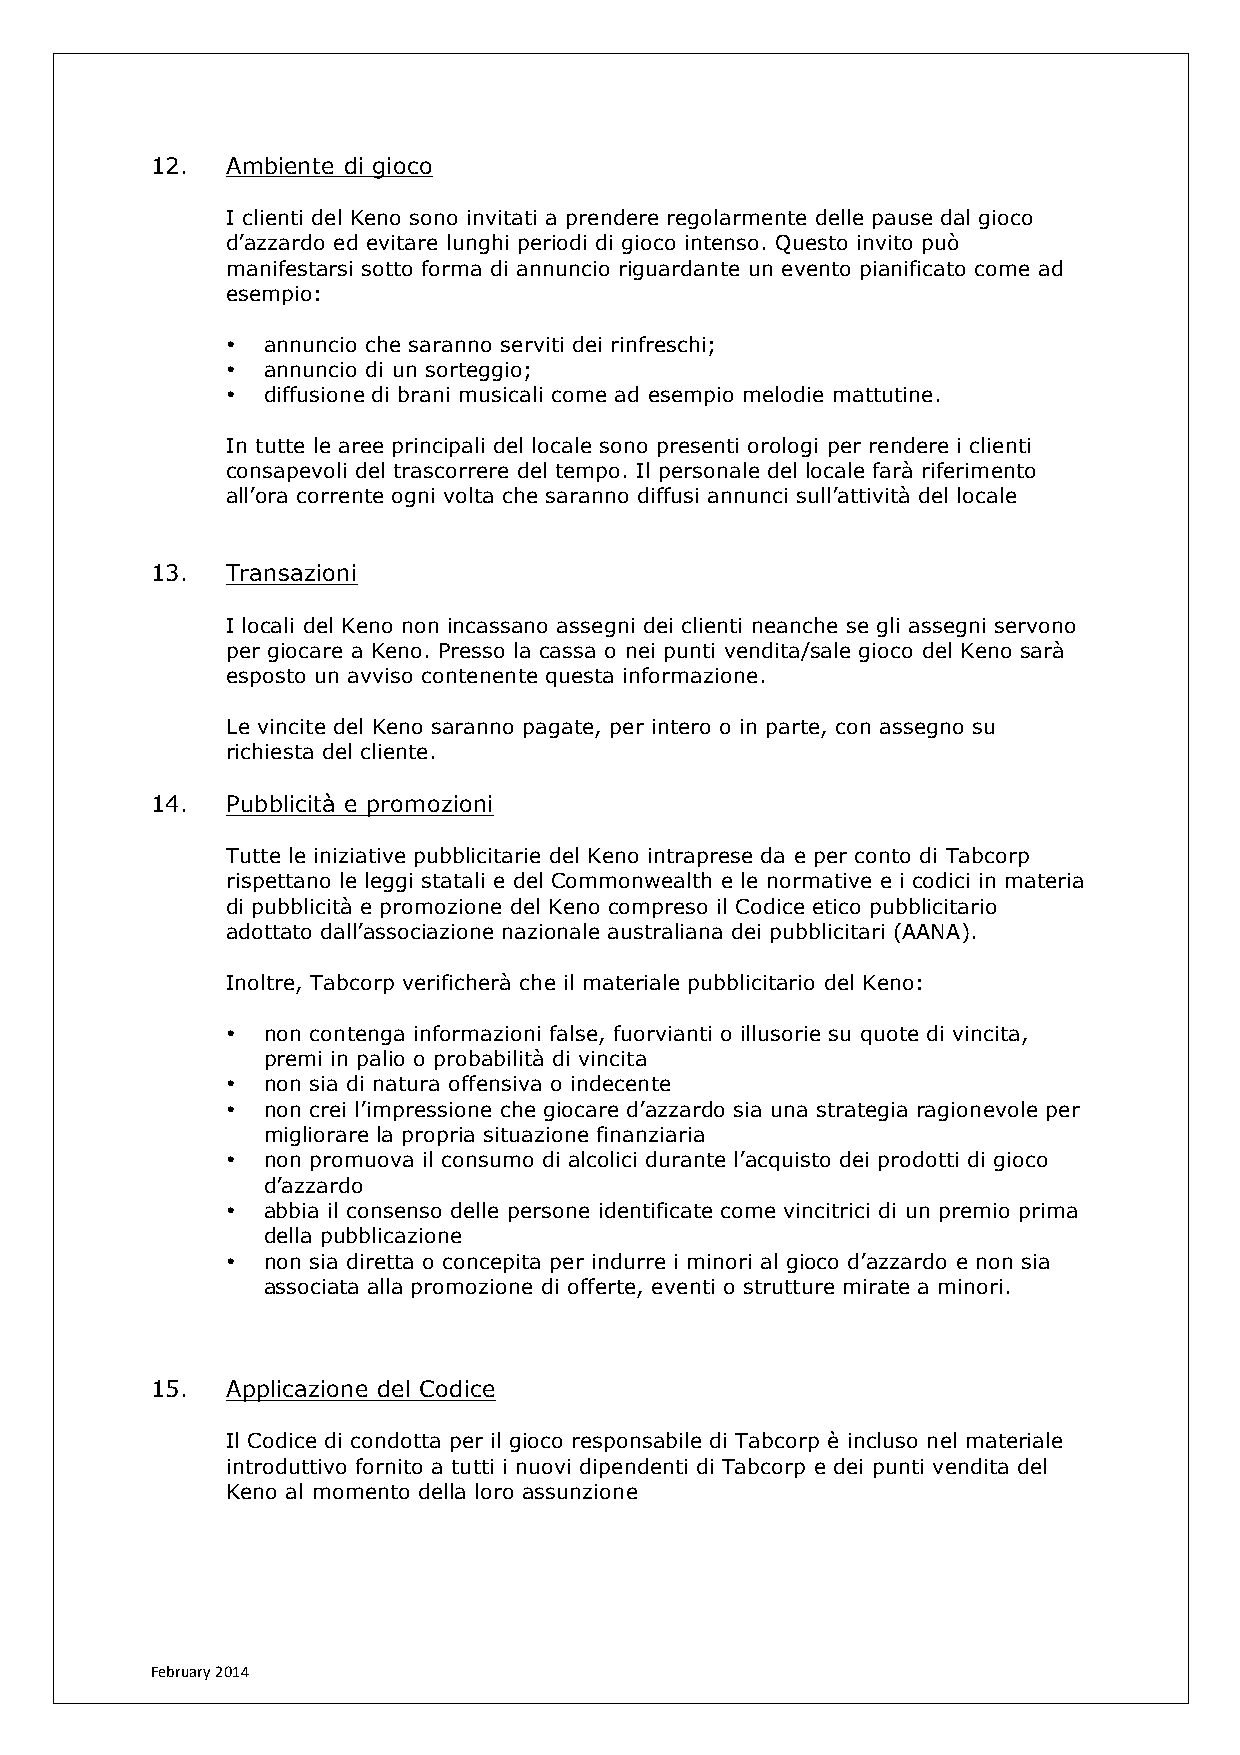
12.  Ambiente di gioco
 I clienti del Keno sono invitati a prendere regolarmente delle pause dal gioco
 d’azzardo ed evitare lunghi periodi di gioco intenso. Questo invito può
 manifestarsi sotto forma di annuncio riguardante un evento pianificato come ad
 esempio:
 • annuncio che saranno serviti dei rinfreschi;
 • annuncio di un sorteggio;
 • diffusione di brani musicali come ad esempio melodie mattutine.
 In tutte le aree principali del locale sono presenti orologi per rendere i clienti
 consapevoli del trascorrere del tempo. Il personale del locale farà riferimento
 all’ora corrente ogni volta che saranno diffusi annunci sull’attività del locale
 13.  Transazioni
 I locali del Keno non incassano assegni dei clienti neanche se gli assegni servono
 per giocare a Keno. Presso la cassa o nei punti vendita/sale gioco del Keno sarà
 esposto un avviso contenente questa informazione.
 Le vincite del Keno saranno pagate, per intero o in parte, con assegno su
 richiesta del cliente.
 14.  Pubblicità e promozioni
 Tutte le iniziative pubblicitarie del Keno intraprese da e per conto di Tabcorp
 rispettano le leggi statali e del Commonwealth e le normative e i codici in materia
 di pubblicità e promozione del Keno compreso il Codice etico pubblicitario
 adottato dall’associazione nazionale australiana dei pubblicitari (AANA).
 Inoltre, Tabcorp verificherà che il materiale pubblicitario del Keno:
 • non contenga informazioni false, fuorvianti o illusorie su quote di vincita,
 premi in palio o probabilità di vincita
 • non sia di natura offensiva o indecente
 • non crei l’impressione che giocare d’azzardo sia una strategia ragionevole per
 migliorare la propria situazione finanziaria
 • non promuova il consumo di alcolici durante l’acquisto dei prodotti di gioco
 d’azzardo
 • abbia il consenso delle persone identificate come vincitrici di un premio prima
 della pubblicazione
 • non sia diretta o concepita per indurre i minori al gioco d’azzardo e non sia
 associata alla promozione di offerte, eventi o strutture mirate a minori.
 15.  Applicazione del Codice
 Il Codice di condotta per il gioco responsabile di Tabcorp è incluso nel materiale
 introduttivo fornito a tutti i nuovi dipendenti di Tabcorp e dei punti vendita del
 Keno al momento della loro assunzione
 February 2014